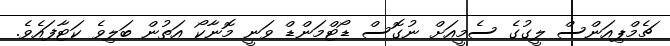
ޗެމްޕިއަންސް ލީގުގެ ސެމީއަށް ނުގޮސް ޑޯޓްމަންޑް ވަނީ މޮނާކޯ އަތުން ބަލިވެ ކަޓާފައެވެ.